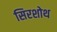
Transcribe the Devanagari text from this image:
सिरशोथ